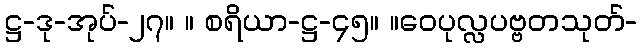
ဋ္ဌ-ဒု-အုပ်-၂၇။ ။ စရိယာ-ဋ္ဌ-၄၅။ ။ဝေပုလ္လပဗ္ဗတသုတ်-